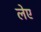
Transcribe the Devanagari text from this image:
लेए